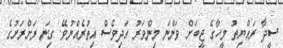
ސީދާ ރައްޔިތު މީހާގެ ޖީބަށް ވަންނަ މިންވަރު އަދިވެސް އިތުރެއްނުވޭ. ގިނަ ރަށްރަށުގެ